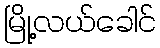
မြို့လယ်ခေါင်